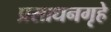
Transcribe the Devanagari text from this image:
प्रसाधनगृहे